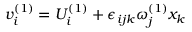
v _ { i } ^ { ( 1 ) } = U _ { i } ^ { ( 1 ) } + \epsilon _ { i j k } \omega _ { j } ^ { ( 1 ) } x _ { k }